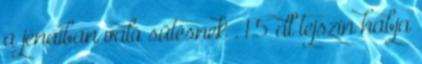
a jénaiban való sütésnek . 1.5 dl tejszín habja